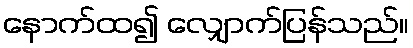
နောက်ထ၍ လျှောက်ပြန်သည်။